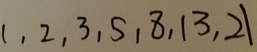
1 , 2 , 3 , 5 , 8 , 1 3 , 2 1